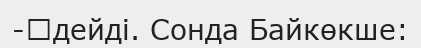
-	дейді. Сонда Байкөкше: